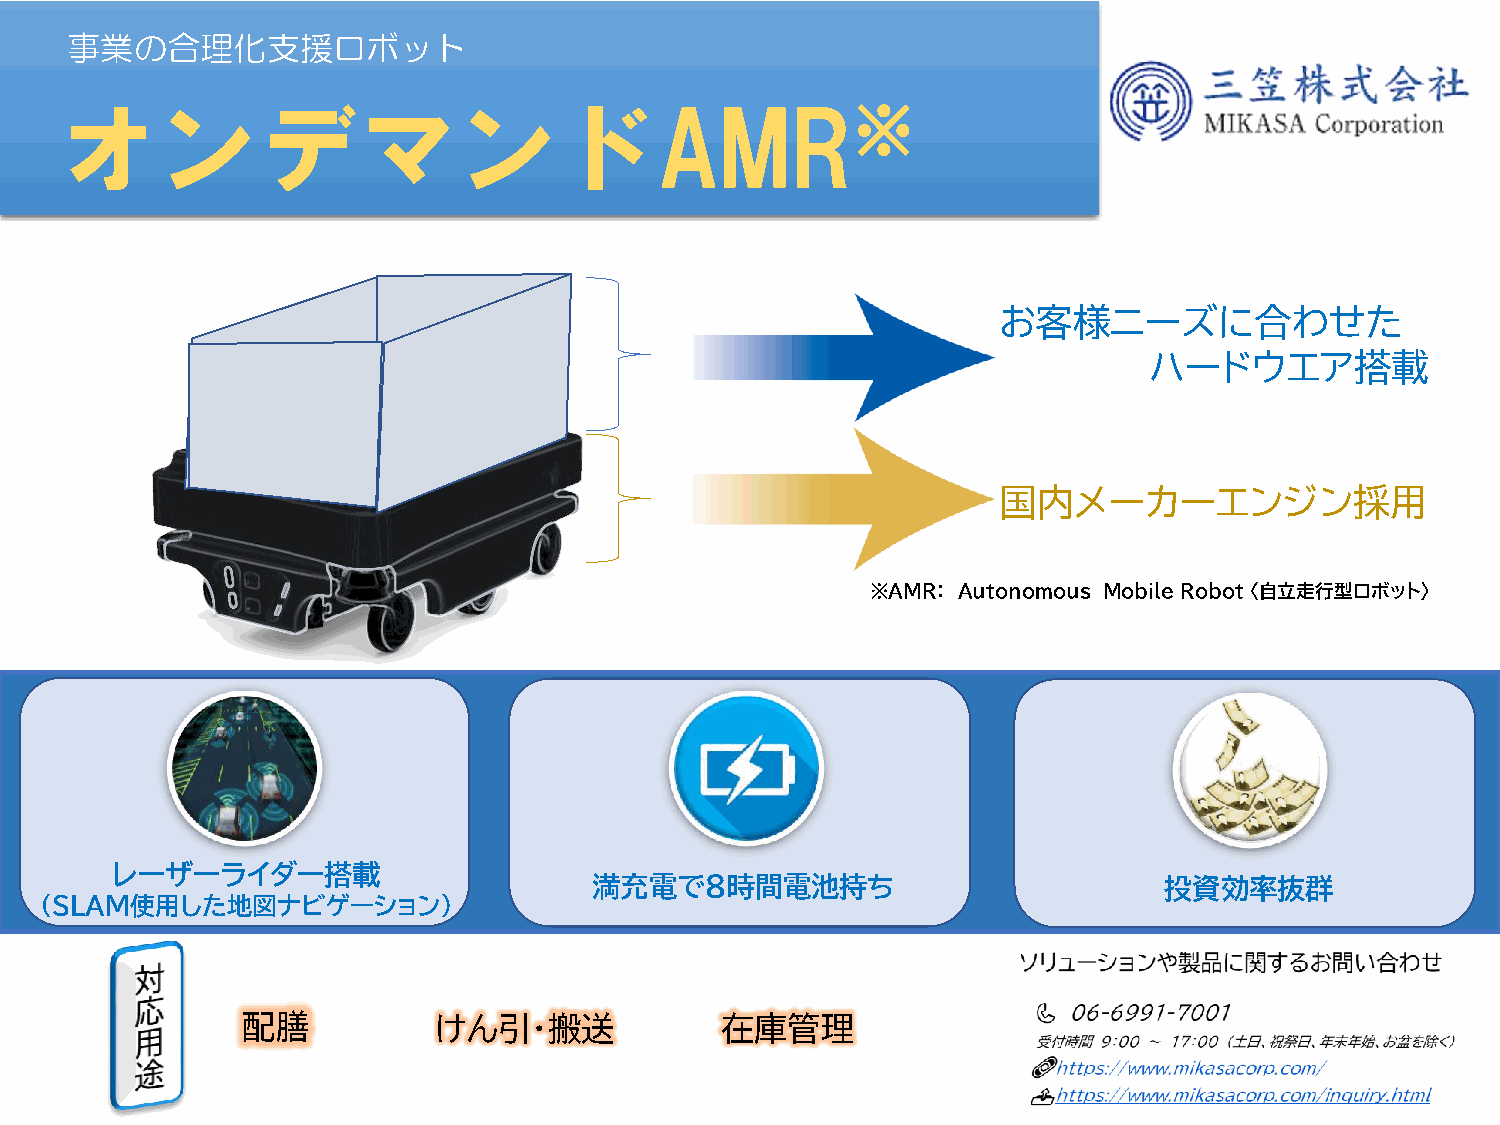
事業の合理化支援ロボット
 オンデマンドAMR※
 お客様ニーズに合わせた
 ハードウエア搭載
 国内メーカーエンジン採用
 ※AMR： Autonomous Mobile Robot 〈自立走行型ロボット〉
 レーザーライダー搭載
 満充電で８時間電池持ち                           投資効率抜群
 （SLAM使用した地図ナビゲーション）
 配膳           けん引・搬送             在庫管理